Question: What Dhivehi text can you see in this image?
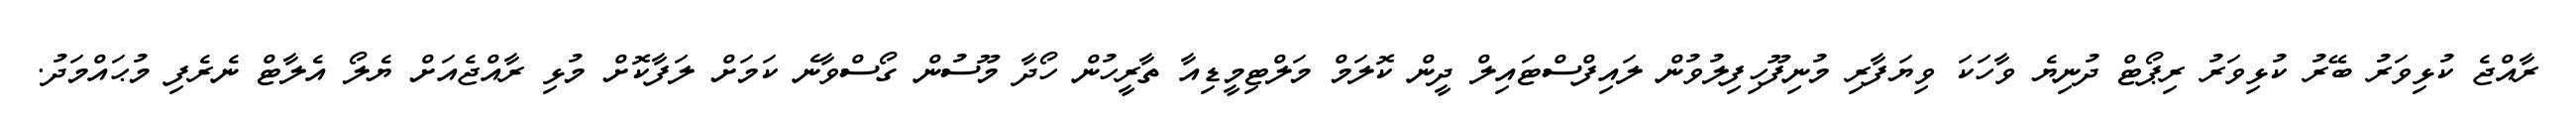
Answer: ރާއްޖެ ކުޅިވަރު ބޭރު ކުޅިވަރު ރިޕޯޓް ދުނިޔެ ވާހަކަ ވިޔަފާރި މުނިފޫހިފިލުވުން ލައިފްސްޓައިލް ދީން ކޮލަމް މަލްޓިމީޑިއާ ތާރީހުން ހޯދާ މޫސުން ގޯސްވާނެ ކަމަށް ލަފާކޮށް މުޅި ރާއްޖެއަށް ޔެލޯ އެލާޓް ނެރެފި މުޙައްމަދު.